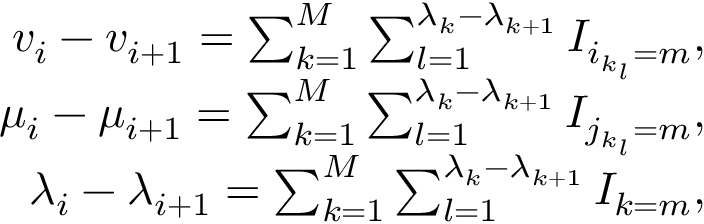
\begin{array} { r } { v _ { i } - v _ { i + 1 } = \sum _ { k = 1 } ^ { M } \sum _ { l = 1 } ^ { \lambda _ { k } - \lambda _ { k + 1 } } I _ { i _ { k _ { l } } = m } , } \\ { \mu _ { i } - \mu _ { i + 1 } = \sum _ { k = 1 } ^ { M } \sum _ { l = 1 } ^ { \lambda _ { k } - \lambda _ { k + 1 } } I _ { j _ { k _ { l } } = m } , } \\ { \lambda _ { i } - \lambda _ { i + 1 } = \sum _ { k = 1 } ^ { M } \sum _ { l = 1 } ^ { \lambda _ { k } - \lambda _ { k + 1 } } I _ { k = m } , } \end{array}